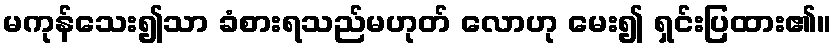
မကုန်သေး၍သာ ခံစားရသည်မဟုတ် လောဟု မေး၍ ရှင်းပြထား၏။